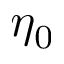
\eta _ { 0 }